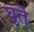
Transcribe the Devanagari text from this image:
घृते